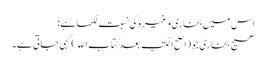
اس میں بخاری وغیرہ کی نسبت لکھا ہے:
صحیح بخاری جو(اصح الکتب بعد کتاب الله)کہی جاتی ہے۔